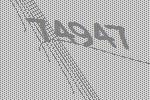
74947